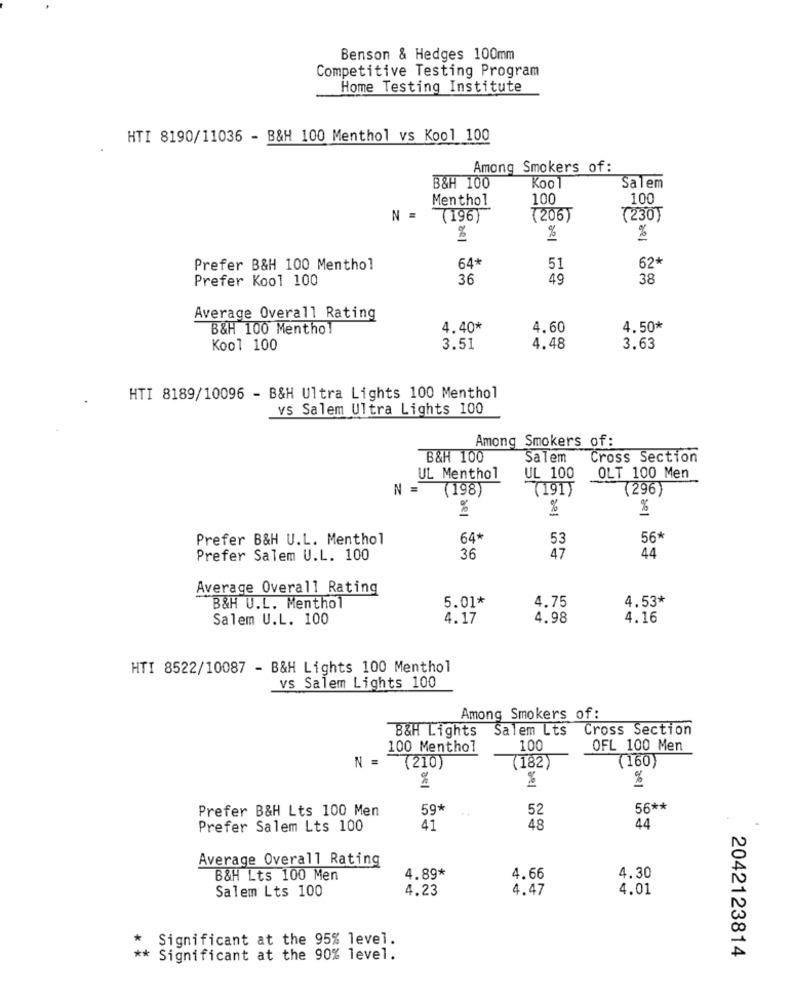
Benson & Hedges 100mm
Competitive Testing Program
Home Testing Institute
HTI 8190/11036 - B&H 100 Menthol vs Kool 100
Among Smokers of:
Kool
B&H 100
Salem
Menthol
100
100
N =
(196)
(206)
T230
%
%
%
Prefer B&H 100 Menthol
64*
51
62*
Prefer Kool 100
36
49
38
Average Overall Rating
B&H 100 Menthol
4.40*
4.60
4.50*
Kool 100
3.51
4.48
3.63
HTI 8189/10096 - B&H Ultra Lights 100 Menthol
vs Salem Ultra Lights 100
Among Smokers of:
B&H 100
Salem
Cross Section
UL 100
UL Menthol
OLT 100 Men
N =
(198)
(191)
(296)
%
%
Prefer B&H U.L. Menthol
64*
53
56*
47
44
Prefer Salem U.L. 100
36
Average Overall Rating
4.75
4.53*
B&H U.L. Menthol
5.01*
Salem U.L. 100
4.17
4.98
4.16
HTI 8522/10087 - B&H Lights 100 Menthol
vs Salem Lights 100
Among Smokers of:
B&H Lights
Salem Lts
Cross Section
100 Menthol
100
OFL 100 Men
(160)
N = (210)
(182
%
%
%
Prefer B&H Lts 100 Men
59*
52
56 **
Prefer Salem Lts 100
41
48
44
Average Overall Rating
4.89*
4.30
B&H Lts 100 Men
4.66
Salem Lts 100
4.23
4.47
4.01
Significant at the 95% level.
** Significant at the 90% level.
2042123814